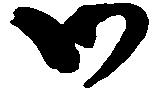
御